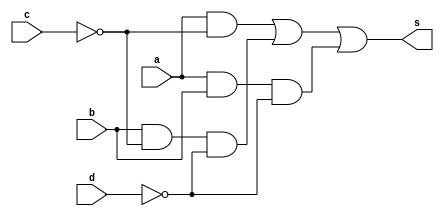

 // ------------------------- 
// Prova 1 - Letra J
// Nome: Gustavo Jota Resende 
// ------------------------- 
// ------------------------- 
// S2
// ------------------------- 
module S2(output s, input a, input b, input c, input d); 
// ------------------------- definir dados 
wire k,l,m,n,o,p,r,t;

not n1 (k,c);
not n2 (l,d);
and a1 (m,a,k);
and a2 (n,b,k);
and a3 (o,n,l);
and a4 (p,a,b);
and a5 (r,p,l);
or o1 (t,m,o);
or o3 (s,t,r);
endmodule // s2
// -------------------------